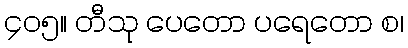
၄၀၅။ တီသု ပေတော ပရေတော စ၊